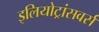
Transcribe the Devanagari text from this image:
इलियोट्रांसवर्स